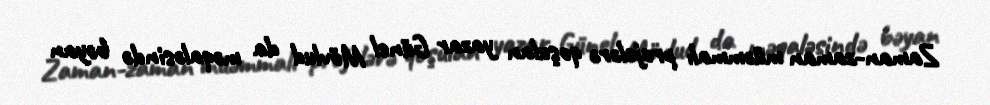
Zaman-zaman müəmmalı projelərə qoşulan yazar Günel Mövlud da məqaləsində bəyan